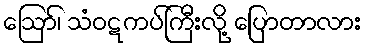
ဪ၊ သံဝဋကပ်ကြီးလို့ ပြောတာလား